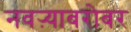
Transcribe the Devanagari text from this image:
नवऱ्याबरोबर